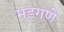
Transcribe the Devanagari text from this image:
मड़गणे